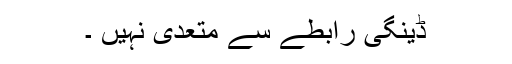
ڈینگی رابطے سے متعدی نہیں ۔